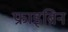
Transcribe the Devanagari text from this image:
फ्राइब्रिन